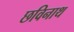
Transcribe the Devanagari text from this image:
छविनाथ